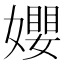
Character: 𡢞